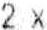
2 X